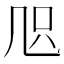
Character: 𠙂